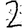
Digit: 2